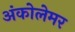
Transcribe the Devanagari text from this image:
अंकोलेमर